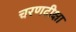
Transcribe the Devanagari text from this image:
चरणदीक्षा